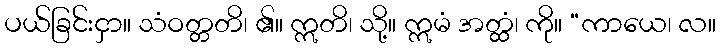
ပယ်ခြင်းငှာ။ သံဝတ္တတိ၊ ၏။ ဣတိ၊ သို့။ ဣမံ အတ္ထံ၊ ကို။ “ကာယေ၊ လ။